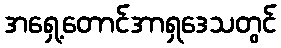
အရှေ့တောင်အာရှဒေသတွင်